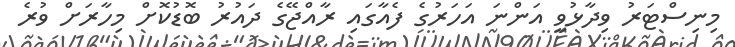
މިނިސްޓަރު ވިދާޅުވީ އަންނަ އަހަރުގެ ފެއާގައި ރާއްޖޭގެ ދައުރު ބޮޑުކޮށް މިހާރަށް ވުރެ